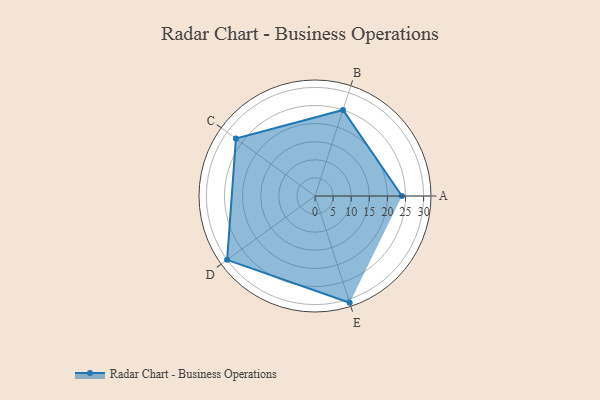
{"axis": {"x": "Skill", "y": "Score"}, "legend": ["Profile"], "data": [{"x": "A", "y": 24.0, "type": "Profile"}, {"x": "B", "y": 25.0, "type": "Profile"}, {"x": "C", "y": 27.0, "type": "Profile"}, {"x": "D", "y": 30.0, "type": "Profile"}, {"x": "E", "y": 31.0, "type": "Profile"}]}